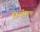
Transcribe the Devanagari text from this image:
कित्येकाला